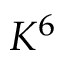
K ^ { 6 }